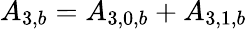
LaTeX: {A_{3,b}}={A_{3,0,b}}+{A_{3,1,b}}